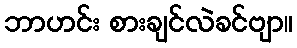
ဘာဟင်း စားချင်လဲခင်ဗျာ။